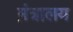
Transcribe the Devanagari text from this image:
म़ंत्रालय